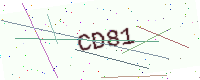
Text: CD81